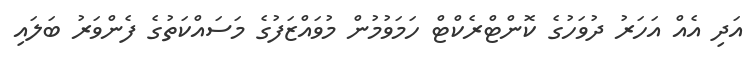
އަދި އެއް އަހަރު ދުވަހުގެ ކޮންޓްރެކްޓް ހަމަވުމުން މުވައްޒަފުގެ މަސައްކަތުގެ ފެންވަރު ބަލައި